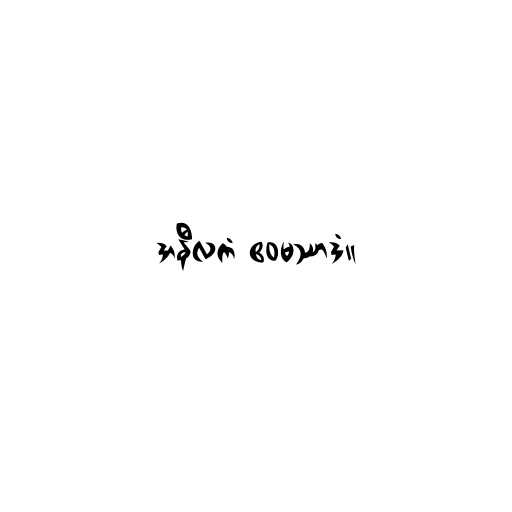
အနီလကံ ဧဝမဿာဒံ။